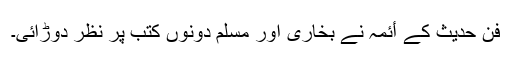
فنِ حدیث کے أئمہ نے بخاری اور مسلم دونوں کتب پر نظر دوڑائی۔